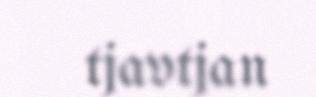
tjavtjan